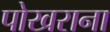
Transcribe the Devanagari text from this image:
पोखराना